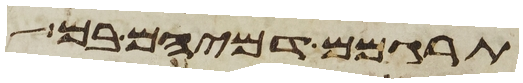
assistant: תרגמום דמיהם בם